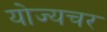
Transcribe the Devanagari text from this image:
योज्यचर